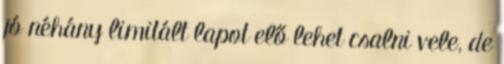
jó néhány limitált lapot elő lehet csalni vele, de